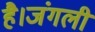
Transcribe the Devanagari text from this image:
है।जंगली